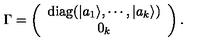
\Gamma = \left( \begin{array} { c } { \mathrm { d i a g } ( | a _ { 1 } \rangle , \cdots , | a _ { k } \rangle ) } \\ { 0 _ { k } } \\ \end{array} \right) .